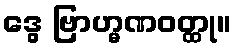
ဒွေ ဗြာဟ္မဏဝတ္ထု။